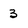
Character: 3